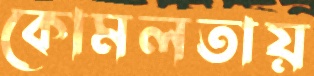
কোমলতায়